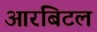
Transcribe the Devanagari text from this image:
आरबिटल